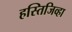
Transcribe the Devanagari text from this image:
हस्तिजिव्हा